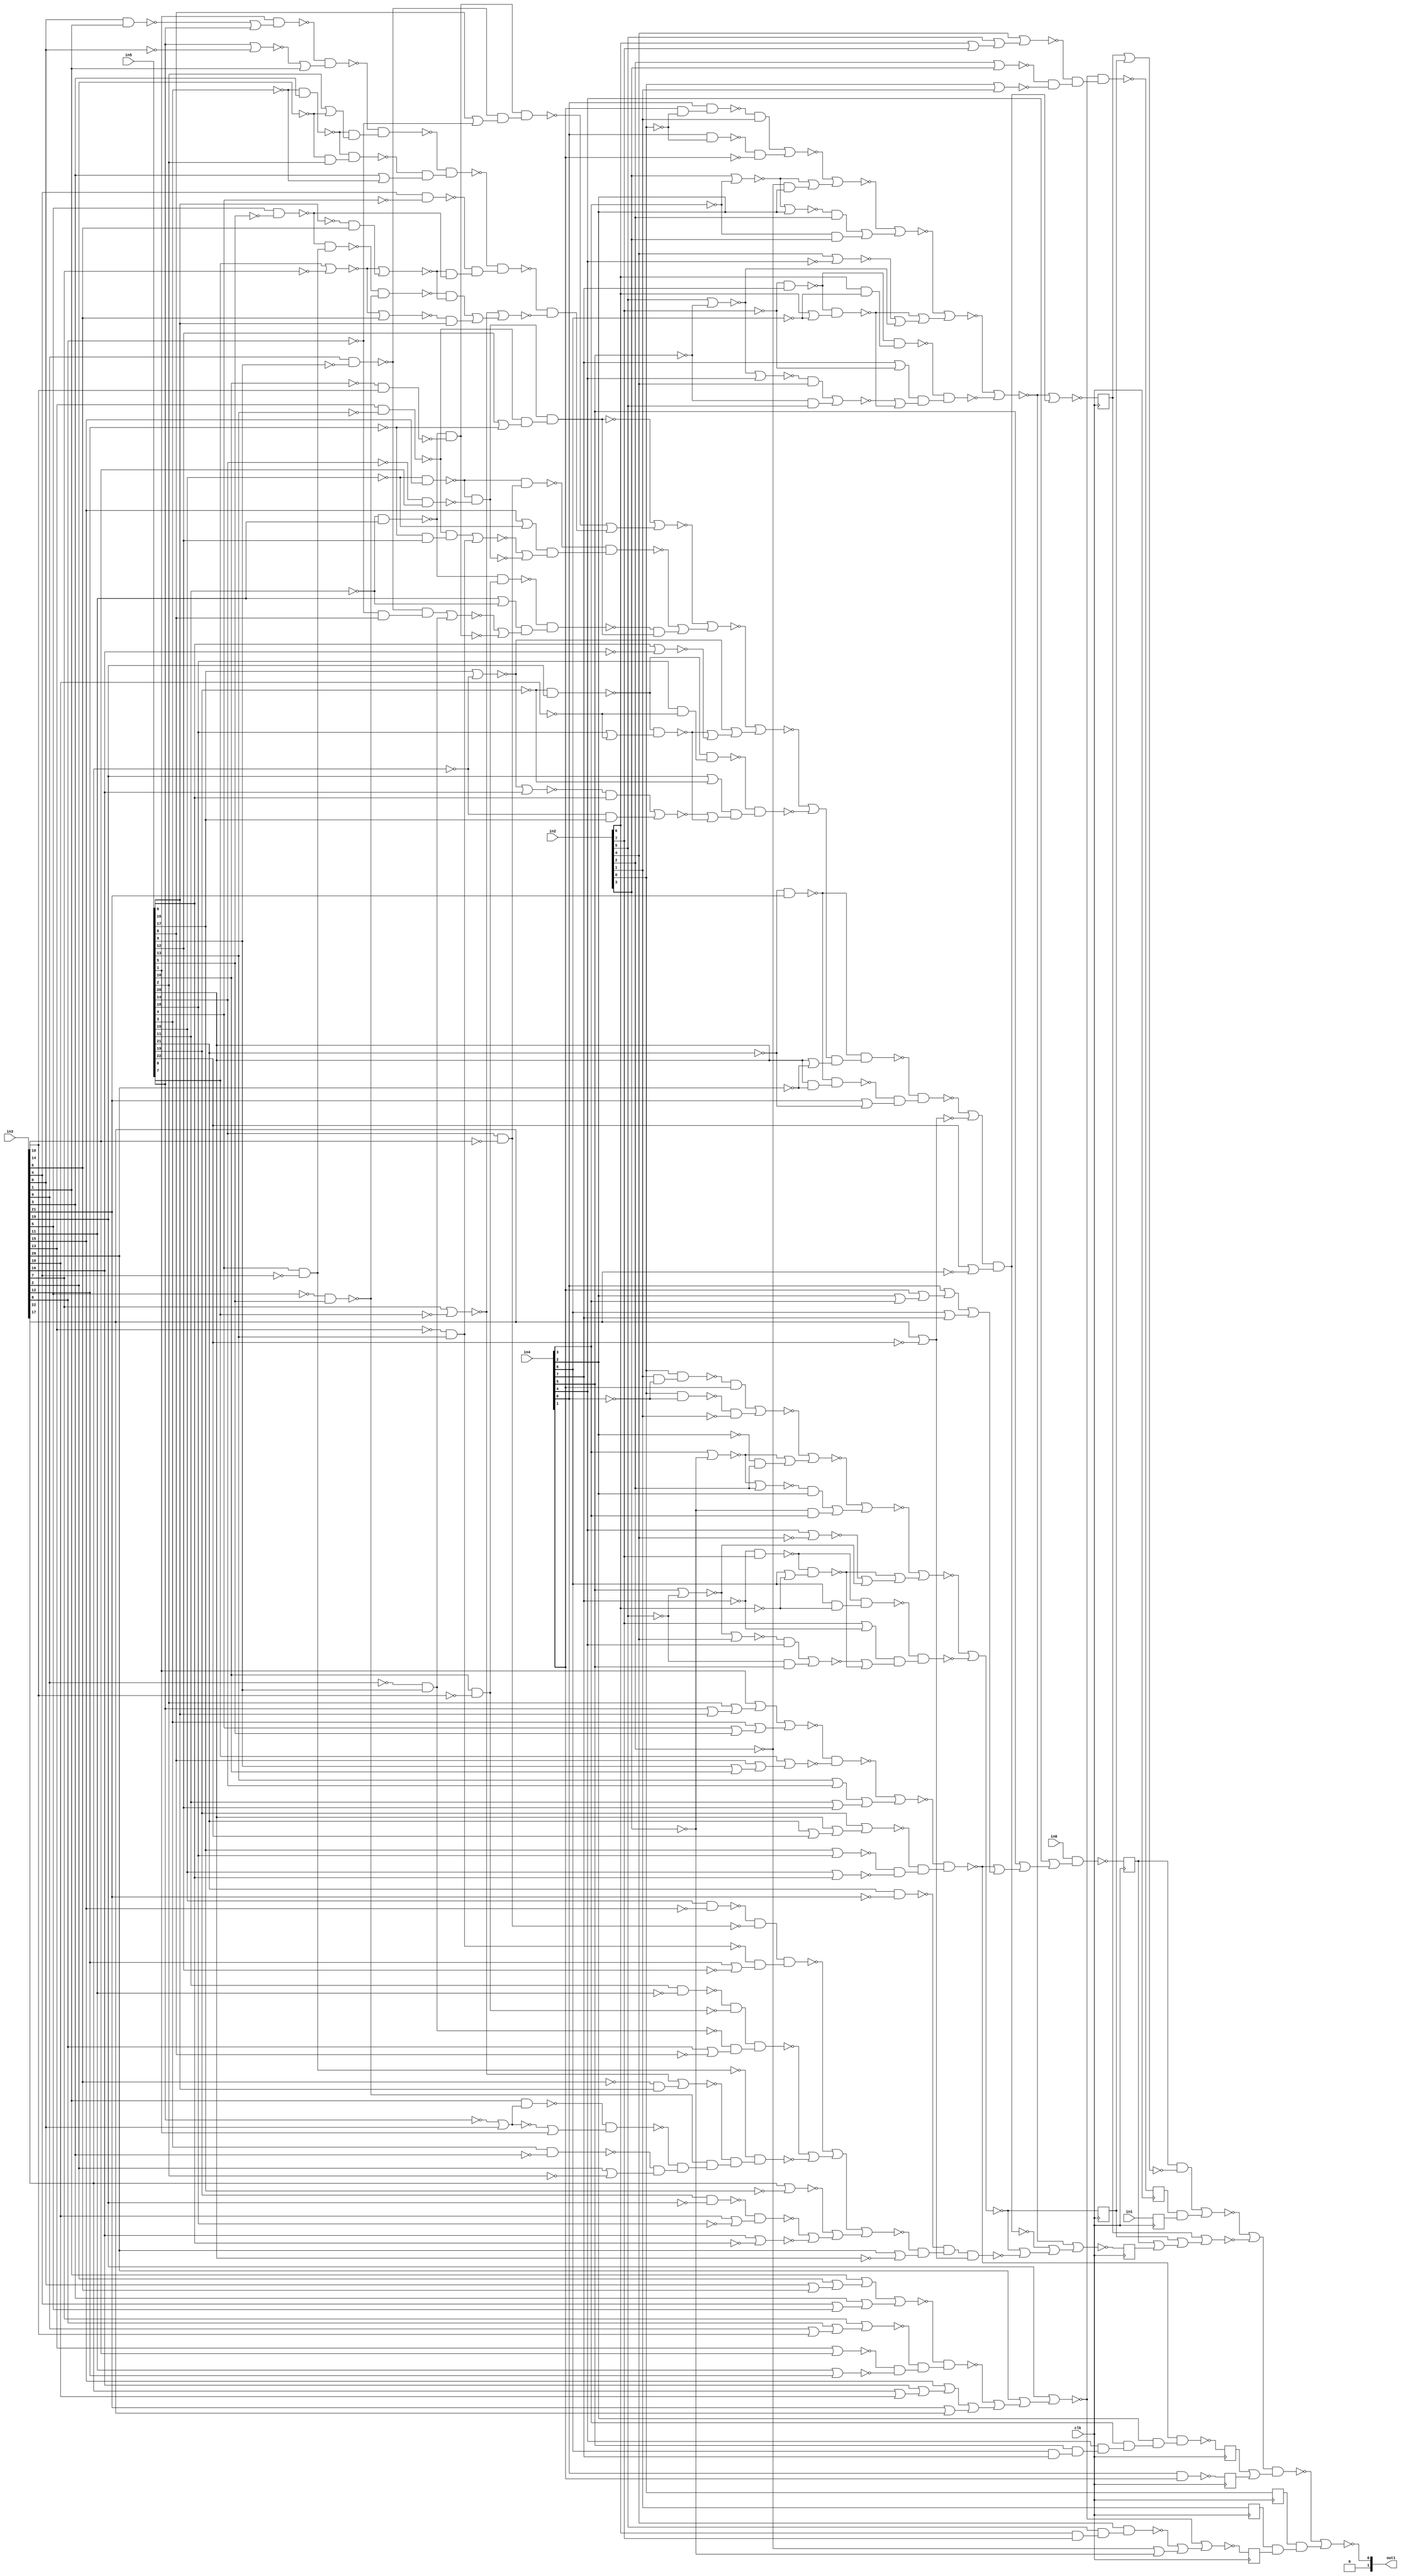
`timescale 1ps / 1ps
module fp_cmp_cynw_cm_float_ltle_4_2(
          in1,
          in2,
          in3,
          in4,
          in5,
          in6,
          out1,
          clk
);
   input in1;
   input [7:0] in2;
   input [22:0] in3;
   input [7:0] in4;
   input [22:0] in5;
   input in6;
   output [1:0] out1;
   input clk;
wire asc021, gt_90_21_n_0, gt_90_21_n_1, gt_90_21_n_2, gt_90_21_n_3,
     gt_90_21_n_4, gt_90_21_n_5, gt_90_21_n_6, gt_90_21_n_7, gt_90_21_n_8,
     gt_90_21_n_9, gt_90_21_n_10, gt_90_21_n_11, gt_90_21_n_12, gt_90_21_n_13,
     gt_90_21_n_14, gt_90_21_n_15, gt_90_21_n_16, gt_90_21_n_17, gt_90_21_n_18,
     gt_90_21_n_19, gt_90_21_n_20, gt_90_21_n_21, gt_92_21_n_0, gt_92_21_n_1,
     gt_92_21_n_2, gt_92_21_n_3, gt_92_21_n_4, gt_92_21_n_5, gt_92_21_n_6,
     gt_92_21_n_7, gt_92_21_n_8, gt_92_21_n_9, gt_92_21_n_10, gt_92_21_n_11,
     gt_92_21_n_12, gt_92_21_n_13, gt_92_21_n_14, gt_92_21_n_15, gt_92_21_n_16,
     gt_92_21_n_17, gt_92_21_n_18, gt_92_21_n_19, gt_92_21_n_20, gt_92_21_n_21,
     gt_94_21_n_0, gt_94_21_n_1, gt_94_21_n_2, gt_94_21_n_3, gt_94_21_n_4,
     gt_94_21_n_5, gt_94_21_n_6, gt_94_21_n_7, gt_94_21_n_8, gt_94_21_n_9,
     gt_94_21_n_10, gt_94_21_n_11, gt_94_21_n_12, gt_94_21_n_13, gt_94_21_n_14,
     gt_94_21_n_15, gt_94_21_n_16, gt_94_21_n_17, gt_94_21_n_18, gt_94_21_n_19,
     gt_94_21_n_20, gt_94_21_n_21, gt_94_21_n_22, gt_94_21_n_23, gt_94_21_n_24,
     gt_94_21_n_25, gt_94_21_n_26, gt_94_21_n_27, gt_94_21_n_28, gt_94_21_n_29,
     gt_94_21_n_31, gt_94_21_n_32, gt_94_21_n_33, gt_94_21_n_34, gt_94_21_n_35,
     gt_94_21_n_36, gt_94_21_n_37, gt_94_21_n_38, gt_94_21_n_39, gt_94_21_n_40,
     gt_94_21_n_41, gt_94_21_n_42, gt_94_21_n_43, gt_94_21_n_44, gt_94_21_n_45,
     gt_94_21_n_46, gt_94_21_n_47, gt_94_21_n_48, gt_94_21_n_49, gt_94_21_n_50,
     gt_94_21_n_51, gt_94_21_n_52, gt_94_21_n_53, gt_94_21_n_54, gt_94_21_n_55,
     gt_94_21_n_56, gt_94_21_n_57, gt_94_21_n_58, gt_94_21_n_59, gt_94_21_n_60,
     gt_94_21_n_61, gt_94_21_n_62, gt_94_21_n_63, gt_94_21_n_64, gt_94_21_n_65,
     gt_94_21_n_66, gt_94_21_n_67, gt_94_21_n_68, gt_96_21_n_5, gt_96_21_n_6,
     gt_96_21_n_7, gt_96_21_n_8, gt_96_21_n_9, gt_96_21_n_11, gt_96_21_n_14,
     gt_96_21_n_15, gt_96_21_n_17, gt_96_21_n_19, gt_96_21_n_22, gt_96_21_n_26,
     gt_96_21_n_27, gt_96_21_n_28, gt_96_21_n_29, gt_96_21_n_33, gt_96_21_n_34,
     gt_96_21_n_35, gt_96_21_n_36, gt_96_21_n_37, gt_96_21_n_38, gt_96_21_n_39,
     gt_96_21_n_48, gt_96_21_n_49, gt_96_21_n_50, gt_96_21_n_56, gt_96_21_n_57,
     gt_96_21_n_66, gt_96_21_n_68, n_1, n_2, n_3, n_4, n_5, n_6, n_7, n_8, n_9,
     n_10, n_11, clk, in6, in1, n_15, n_16, n_17, n_19, n_20, n_21, n_22, n_23,
     n_24, n_25, n_26, n_27, n_28, n_29, n_30, n_31, n_32, n_33, n_34, n_35,
     n_36, n_37, n_38, n_39, n_40, n_41, n_42, n_43, n_44, n_45, n_46, n_47,
     n_48, n_49, n_50, n_51, n_52, n_53, n_54, n_55, n_56, n_57, n_59, n_60,
     n_61, n_62, n_63, n_64, n_65, n_66, n_67;
assign {out1[0]} = asc021;
 reg retime_s1_9_reg_reg_N30;
 always @(posedge clk)
         retime_s1_9_reg_reg_N30 <= n_22;
 assign n_3 = retime_s1_9_reg_reg_N30;
 reg retime_s1_8_reg_reg_N30;
 always @(posedge clk)
         retime_s1_8_reg_reg_N30 <= n_24;
 assign n_4 = retime_s1_8_reg_reg_N30;
 reg retime_s1_1_reg_reg_N30;
 always @(posedge clk)
         retime_s1_1_reg_reg_N30 <= n_47;
 assign n_11 = retime_s1_1_reg_reg_N30;
 reg retime_s1_10_reg_reg_N30;
 always @(posedge clk)
         retime_s1_10_reg_reg_N30 <= n_49;
 assign n_2 = retime_s1_10_reg_reg_N30;
 reg retime_s1_11_reg_reg_N30;
 always @(posedge clk)
         retime_s1_11_reg_reg_N30 <= in1;
 assign n_1 = retime_s1_11_reg_reg_N30;
 reg retime_s1_7_reg_reg_N30;
 always @(posedge clk)
         retime_s1_7_reg_reg_N30 <= {in2[0]};
 assign n_5 = retime_s1_7_reg_reg_N30;
 reg retime_s1_2_reg_reg_N30;
 always @(posedge clk)
         retime_s1_2_reg_reg_N30 <= n_46;
 assign n_10 = retime_s1_2_reg_reg_N30;
 reg retime_s1_3_reg_reg_N30;
 always @(posedge clk)
         retime_s1_3_reg_reg_N30 <= n_25;
 assign n_9 = retime_s1_3_reg_reg_N30;
 reg retime_s1_4_reg_reg_N30;
 always @(posedge clk)
         retime_s1_4_reg_reg_N30 <= n_15;
 assign n_8 = retime_s1_4_reg_reg_N30;
 reg retime_s1_5_reg_reg_N30;
 always @(posedge clk)
         retime_s1_5_reg_reg_N30 <= n_23;
 assign n_7 = retime_s1_5_reg_reg_N30;
 reg retime_s1_6_reg_reg_N30;
 always @(posedge clk)
         retime_s1_6_reg_reg_N30 <= {in2[1]};
 assign n_6 = retime_s1_6_reg_reg_N30;
 assign asc021 = ~(n_19 | (n_5 & (n_6 & n_9)));
 assign n_19 = ~((n_20 | n_21) & (n_4 | n_2));
 assign n_20 = ~((n_3 & n_41) | (n_7 & n_1));
 assign n_21 = ~(n_11 | (n_8 | (n_3 | n_10)));
 assign n_22 = ~(in6 & ({in4[4]} | ({in4[5]} | n_26)));
 assign n_23 = ~(n_27 & (n_39 & (n_50 & n_53)));
 assign n_24 = ~(n_28 & ({in4[2]} & ({in4[3]} & ~n_38)));
 assign n_25 = ~(n_27 | (n_37 | (~{in2[2]} | ~{in2[3]})));
 assign n_26 = (n_28 | (n_40 | ({in4[6]} | {in4[7]})));
 assign n_27 = ~({in3[19]} | ({in3[20]} | ~n_29));
 assign n_28 = ~(n_31 & (n_43 & (n_54 & n_51)));
 assign n_29 = ~(n_30 | (n_45 | ({in3[21]} | {in3[22]})));
 assign n_30 = ~(n_33 & (n_44 & (n_52 & n_48)));
 assign n_31 = ~(n_32 | (n_55 | ({in5[11]} | {in5[12]})));
 assign n_32 = ~(n_34 & n_42);
 assign n_33 = ~(n_36 | ({in3[3]} | ({in3[4]} | {in3[5]})));
 assign n_34 = ~(n_35 | ({in5[3]} | ({in5[4]} | {in5[5]})));
 assign n_35 = ({in5[1]} | ({in5[2]} | ({in5[0]} | {in5[6]})));
 assign n_36 = ({in3[1]} | ({in3[2]} | ({in3[0]} | {in3[6]})));
 assign n_37 = ~({in2[4]} & ({in2[5]} & ({in2[6]} & {in2[7]})));
 assign n_38 = ~({in4[4]} & ({in4[5]} & ({in4[6]} & {in4[7]})));
 assign n_39 = ~({in2[4]} | ({in2[5]} | ({in2[6]} | {in2[7]})));
 assign n_40 = ({in4[0]} | ({in4[1]} | ({in4[2]} | {in4[3]})));
 assign n_41 = ~(n_11 | n_8);
 assign n_42 = ~({in5[7]} | ({in5[8]} | ({in5[9]} | {in5[10]})));
 assign n_43 = ~({in5[19]} | ({in5[20]} | ({in5[21]} | {in5[22]})));
 assign n_44 = ~({in3[7]} | ({in3[8]} | ({in3[9]} | {in3[10]})));
 assign n_45 = ({in3[15]} | ({in3[16]} | ({in3[17]} | {in3[18]})));
 assign n_46 = ~(n_16 | (n_17 | (n_15 | n_56)));
 assign n_47 = ~(n_16 | ~n_17);
 assign n_48 = ~({in3[11]} | {in3[12]});
 assign n_49 = ~({in4[0]} & {in4[1]});
 assign n_50 = ~({in2[2]} | {in2[3]});
 assign n_51 = ~({in5[15]} | {in5[16]});
 assign n_52 = ~({in3[13]} | {in3[14]});
 assign n_53 = ~({in2[0]} | {in2[1]});
 assign n_54 = ~({in5[17]} | {in5[18]});
 assign n_55 = ({in5[13]} | {in5[14]});
 assign n_15 = ~(gt_90_21_n_21 | gt_90_21_n_19);
 assign gt_90_21_n_21 = ~(gt_90_21_n_20 | (gt_90_21_n_11 | (gt_90_21_n_7 | gt_90_21_n_9)));
 assign gt_90_21_n_20 = ~(gt_90_21_n_18 | ((gt_90_21_n_13 & {in4[2]}) | (gt_90_21_n_5 & {in4[3]})));
 assign gt_90_21_n_19 = ~(gt_90_21_n_15 & (({in2[7]} | gt_90_21_n_4) & (gt_90_21_n_16 | gt_90_21_n_11)));
 assign gt_90_21_n_18 = ~(gt_90_21_n_17 | (gt_90_21_n_10 | (gt_90_21_n_3 & {in2[2]})));
 assign gt_90_21_n_17 = ~((gt_90_21_n_12 & {in4[1]}) | (gt_90_21_n_8 & gt_90_21_n_2));
 assign gt_90_21_n_16 = ~((gt_90_21_n_14 & {in4[4]}) | (gt_90_21_n_1 & {in4[5]}));
 assign gt_90_21_n_15 = ~(gt_90_21_n_6 & ({in4[6]} & ~{in2[6]}));
 assign gt_90_21_n_14 = ~(gt_90_21_n_9 | {in2[4]});
 assign gt_90_21_n_13 = ~(gt_90_21_n_10 | {in2[2]});
 assign gt_90_21_n_12 = ~({in2[0]} & ({in2[1]} & ~{in4[0]}));
 assign gt_90_21_n_11 = ~(gt_90_21_n_6 & ({in4[6]} | gt_90_21_n_0));
 assign gt_90_21_n_10 = ~({in4[3]} | gt_90_21_n_5);
 assign gt_90_21_n_9 = ~({in4[5]} | gt_90_21_n_1);
 assign gt_90_21_n_8 = ~({in2[0]} & ~{in4[0]});
 assign gt_90_21_n_7 = ~({in4[4]} | ~{in2[4]});
 assign gt_90_21_n_6 = ~(gt_90_21_n_4 & {in2[7]});
 assign gt_90_21_n_5 = ~{in2[3]};
 assign gt_90_21_n_4 = ~{in4[7]};
 assign gt_90_21_n_3 = ~{in4[2]};
 assign gt_90_21_n_2 = ~{in2[1]};
 assign gt_90_21_n_1 = ~{in2[5]};
 assign gt_90_21_n_0 = ~{in2[6]};
 assign n_16 = ~(gt_92_21_n_21 | gt_92_21_n_19);
 assign gt_92_21_n_21 = ~(gt_92_21_n_20 | (gt_92_21_n_11 | (gt_92_21_n_7 | gt_92_21_n_9)));
 assign gt_92_21_n_20 = ~(gt_92_21_n_18 | ((gt_92_21_n_13 & {in2[2]}) | (gt_92_21_n_5 & {in2[3]})));
 assign gt_92_21_n_19 = ~(gt_92_21_n_15 & (({in4[7]} | gt_92_21_n_4) & (gt_92_21_n_16 | gt_92_21_n_11)));
 assign gt_92_21_n_18 = ~(gt_92_21_n_17 | (gt_92_21_n_10 | (gt_92_21_n_3 & {in4[2]})));
 assign gt_92_21_n_17 = ~((gt_92_21_n_12 & {in2[1]}) | (gt_92_21_n_8 & gt_92_21_n_2));
 assign gt_92_21_n_16 = ~((gt_92_21_n_14 & {in2[4]}) | (gt_92_21_n_1 & {in2[5]}));
 assign gt_92_21_n_15 = ~(gt_92_21_n_6 & ({in2[6]} & ~{in4[6]}));
 assign gt_92_21_n_14 = ~(gt_92_21_n_9 | {in4[4]});
 assign gt_92_21_n_13 = ~(gt_92_21_n_10 | {in4[2]});
 assign gt_92_21_n_12 = ~({in4[0]} & ({in4[1]} & ~{in2[0]}));
 assign gt_92_21_n_11 = ~(gt_92_21_n_6 & ({in2[6]} | gt_92_21_n_0));
 assign gt_92_21_n_10 = ~({in2[3]} | gt_92_21_n_5);
 assign gt_92_21_n_9 = ~({in2[5]} | gt_92_21_n_1);
 assign gt_92_21_n_8 = ~({in4[0]} & ~{in2[0]});
 assign gt_92_21_n_7 = ~({in2[4]} | ~{in4[4]});
 assign gt_92_21_n_6 = ~(gt_92_21_n_4 & {in4[7]});
 assign gt_92_21_n_5 = ~{in4[3]};
 assign gt_92_21_n_4 = ~{in2[7]};
 assign gt_92_21_n_3 = ~{in2[2]};
 assign gt_92_21_n_2 = ~{in4[1]};
 assign gt_92_21_n_1 = ~{in4[5]};
 assign gt_92_21_n_0 = ~{in4[6]};
 assign n_17 = ~((gt_94_21_n_68 | gt_94_21_n_18) & ({in5[22]} | gt_94_21_n_7));
 assign gt_94_21_n_68 = ~(gt_94_21_n_67 & (gt_94_21_n_45 & ({in3[21]} | gt_94_21_n_2)));
 assign gt_94_21_n_67 = ~(gt_94_21_n_25 & ((gt_94_21_n_66 | gt_94_21_n_60) & ({in5[20]} | gt_94_21_n_6)));
 assign gt_94_21_n_66 = ~(gt_94_21_n_65 | (gt_94_21_n_31 | (gt_94_21_n_39 | gt_94_21_n_27)));
 assign gt_94_21_n_65 = ~(gt_94_21_n_64 | (gt_94_21_n_59 | (gt_94_21_n_61 & gt_94_21_n_51)));
 assign gt_94_21_n_64 = ~(gt_94_21_n_50 | (gt_94_21_n_49 | (gt_94_21_n_63 & gt_94_21_n_58)));
 assign gt_94_21_n_63 = ~(gt_94_21_n_62 & (gt_94_21_n_28 & (gt_94_21_n_34 & gt_94_21_n_22)));
 assign gt_94_21_n_62 = ~(gt_94_21_n_57 & (gt_94_21_n_46 & ({in3[3]} | gt_94_21_n_16)));
 assign gt_94_21_n_61 = ~(gt_94_21_n_47 & (({in3[11]} | gt_94_21_n_10) & (gt_94_21_n_54 | gt_94_21_n_37)));
 assign gt_94_21_n_60 = ~(gt_94_21_n_43 & (({in3[19]} | gt_94_21_n_1) & (gt_94_21_n_55 | gt_94_21_n_39)));
 assign gt_94_21_n_59 = ~(gt_94_21_n_44 & (({in3[15]} | gt_94_21_n_13) & (gt_94_21_n_53 | gt_94_21_n_35)));
 assign gt_94_21_n_58 = ~(n_59 | ((gt_94_21_n_52 & gt_94_21_n_34) | (gt_94_21_n_40 & {in5[6]})));
 assign gt_94_21_n_57 = ~(gt_94_21_n_56 & (gt_94_21_n_32 & ({in5[2]} | gt_94_21_n_17)));
 assign gt_94_21_n_56 = ~(gt_94_21_n_48 & (gt_94_21_n_29 | {in3[1]}));
 assign gt_94_21_n_55 = ~((gt_94_21_n_41 & {in5[16]}) | (gt_94_21_n_4 & {in5[17]}));
 assign gt_94_21_n_54 = ~((gt_94_21_n_33 & (gt_94_21_n_8 & {in5[8]})) | (gt_94_21_n_12 & {in5[9]}));
 assign gt_94_21_n_53 = ~((gt_94_21_n_19 & (gt_94_21_n_11 & {in5[12]})) | (gt_94_21_n_0 & {in5[13]}));
 assign gt_94_21_n_52 = ~(gt_94_21_n_42 & ~(gt_94_21_n_3 & {in5[5]}));
 assign gt_94_21_n_51 = ~gt_94_21_n_50;
 assign gt_94_21_n_50 = ~(gt_94_21_n_36 & (gt_94_21_n_19 & ({in5[12]} | gt_94_21_n_11)));
 assign gt_94_21_n_49 = ~(gt_94_21_n_38 & (gt_94_21_n_33 & ({in5[8]} | gt_94_21_n_8)));
 assign gt_94_21_n_48 = ~({in5[1]} & (gt_94_21_n_26 | {in5[0]}));
 assign gt_94_21_n_47 = ~(gt_94_21_n_21 & ({in5[10]} & ~{in3[10]}));
 assign gt_94_21_n_46 = ~(gt_94_21_n_32 & (gt_94_21_n_17 & {in5[2]}));
 assign gt_94_21_n_45 = ~(gt_94_21_n_25 & ({in5[20]} & ~{in3[20]}));
 assign gt_94_21_n_44 = ~(gt_94_21_n_20 & ({in5[14]} & ~{in3[14]}));
 assign gt_94_21_n_43 = ~(gt_94_21_n_24 & ({in5[18]} & ~{in3[18]}));
 assign gt_94_21_n_42 = ~(gt_94_21_n_22 & ({in5[4]} & ~{in3[4]}));
 assign gt_94_21_n_41 = ~(gt_94_21_n_31 | {in3[16]});
 assign gt_94_21_n_40 = ~(gt_94_21_n_23 | {in3[6]});
 assign gt_94_21_n_39 = ~(gt_94_21_n_24 & ({in5[18]} | gt_94_21_n_9));
 assign gt_94_21_n_38 = ~gt_94_21_n_37;
 assign gt_94_21_n_37 = ~(gt_94_21_n_21 & ~(gt_94_21_n_5 & {in3[10]}));
 assign gt_94_21_n_36 = ~gt_94_21_n_35;
 assign gt_94_21_n_35 = ~(gt_94_21_n_20 & ~(gt_94_21_n_14 & {in3[14]}));
 assign gt_94_21_n_34 = ~(gt_94_21_n_23 | (gt_94_21_n_15 & {in3[6]}));
 assign gt_94_21_n_29 = ~({in5[0]} | ~{in3[0]});
 assign gt_94_21_n_28 = ~({in3[4]} & ~{in5[4]});
 assign gt_94_21_n_27 = ~({in5[16]} | ~{in3[16]});
 assign gt_94_21_n_26 = ~({in3[0]} & {in3[1]});
 assign gt_94_21_n_33 = ~({in3[9]} & ~{in5[9]});
 assign gt_94_21_n_32 = ~(gt_94_21_n_16 & {in3[3]});
 assign gt_94_21_n_31 = ~({in5[17]} | gt_94_21_n_4);
 assign gt_94_21_n_18 = ~({in3[22]} | ~{in5[22]});
 assign gt_94_21_n_25 = ~(gt_94_21_n_2 & {in3[21]});
 assign gt_94_21_n_24 = ~(gt_94_21_n_1 & {in3[19]});
 assign gt_94_21_n_23 = ~({in5[7]} | ~{in3[7]});
 assign gt_94_21_n_22 = ~({in3[5]} & ~{in5[5]});
 assign gt_94_21_n_21 = ~(gt_94_21_n_10 & {in3[11]});
 assign gt_94_21_n_20 = ~(gt_94_21_n_13 & {in3[15]});
 assign gt_94_21_n_19 = ~({in3[13]} & ~{in5[13]});
 assign gt_94_21_n_17 = ~{in3[2]};
 assign gt_94_21_n_16 = ~{in5[3]};
 assign gt_94_21_n_15 = ~{in5[6]};
 assign gt_94_21_n_14 = ~{in5[14]};
 assign gt_94_21_n_13 = ~{in5[15]};
 assign gt_94_21_n_12 = ~{in3[9]};
 assign gt_94_21_n_11 = ~{in3[12]};
 assign gt_94_21_n_10 = ~{in5[11]};
 assign gt_94_21_n_9 = ~{in3[18]};
 assign gt_94_21_n_8 = ~{in3[8]};
 assign gt_94_21_n_7 = ~{in3[22]};
 assign gt_94_21_n_6 = ~{in3[20]};
 assign gt_94_21_n_5 = ~{in5[10]};
 assign gt_94_21_n_4 = ~{in3[17]};
 assign gt_94_21_n_3 = ~{in3[5]};
 assign gt_94_21_n_2 = ~{in5[21]};
 assign gt_94_21_n_1 = ~{in5[19]};
 assign gt_94_21_n_0 = ~{in3[13]};
 assign gt_96_21_n_66 = ~(n_60 | (n_64 | (gt_96_21_n_39 | gt_96_21_n_27)));
 assign gt_96_21_n_57 = ~(gt_96_21_n_56 & (n_61 & ({in3[2]} | gt_96_21_n_17)));
 assign gt_96_21_n_56 = ~(gt_96_21_n_48 & (gt_96_21_n_29 | {in5[1]}));
 assign gt_96_21_n_50 = ~(gt_96_21_n_36 & (gt_96_21_n_19 & ({in3[12]} | gt_96_21_n_11)));
 assign gt_96_21_n_49 = ~(gt_96_21_n_38 & (gt_96_21_n_33 & ({in3[8]} | gt_96_21_n_8)));
 assign gt_96_21_n_48 = ~({in3[1]} & (gt_96_21_n_26 | {in3[0]}));
 assign gt_96_21_n_39 = ~(n_66 & ({in3[18]} | gt_96_21_n_9));
 assign gt_96_21_n_38 = ~gt_96_21_n_37;
 assign gt_96_21_n_37 = ~(n_63 & ~(gt_96_21_n_5 & {in5[10]}));
 assign gt_96_21_n_36 = ~gt_96_21_n_35;
 assign gt_96_21_n_35 = ~(n_62 & ~(gt_96_21_n_14 & {in5[14]}));
 assign gt_96_21_n_34 = ~(n_59 | (gt_96_21_n_15 & {in5[6]}));
 assign gt_96_21_n_29 = ~({in3[0]} | ~{in5[0]});
 assign gt_96_21_n_28 = ~({in5[4]} & ~{in3[4]});
 assign gt_96_21_n_27 = ~({in3[16]} | ~{in5[16]});
 assign gt_96_21_n_33 = ~({in5[9]} & ~{in3[9]});
 assign gt_96_21_n_22 = ~({in5[5]} & ~{in3[5]});
 assign gt_96_21_n_19 = ~({in5[13]} & ~{in3[13]});
 assign gt_96_21_n_17 = ~{in5[2]};
 assign gt_96_21_n_15 = ~{in3[6]};
 assign gt_96_21_n_14 = ~{in3[14]};
 assign gt_96_21_n_11 = ~{in5[12]};
 assign gt_96_21_n_9 = ~{in5[18]};
 assign gt_96_21_n_8 = ~{in5[8]};
 assign gt_96_21_n_7 = ~{in5[22]};
 assign gt_96_21_n_6 = ~{in5[20]};
 assign gt_96_21_n_5 = ~{in3[10]};
 assign gt_96_21_n_26 = ~{in5[0]};
 assign gt_96_21_n_68 = ~n_57;
 assign n_56 = ~(gt_96_21_n_68 & ({in3[22]} | gt_96_21_n_7));
 assign n_57 = ~(n_65 & (gt_96_21_n_66 & ({in3[20]} | gt_96_21_n_6)));
 assign n_59 = ~({in3[7]} | ~{in5[7]});
 assign n_60 = (gt_96_21_n_50 | (gt_96_21_n_49 | n_67));
 assign n_61 = ~({in5[3]} & ~{in3[3]});
 assign n_62 = ~({in5[15]} & ~{in3[15]});
 assign n_63 = ~({in5[11]} & ~{in3[11]});
 assign n_64 = ~({in3[17]} | ~{in5[17]});
 assign n_65 = ~({in5[21]} & ~{in3[21]});
 assign n_66 = ~({in5[19]} & ~{in3[19]});
 assign n_67 = ~(gt_96_21_n_28 & (gt_96_21_n_34 & (gt_96_21_n_22 & ~gt_96_21_n_57)));
assign out1[1] = 1'B0;
endmodule